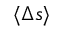
\langle \Delta s \rangle